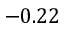
- 0 . 2 2